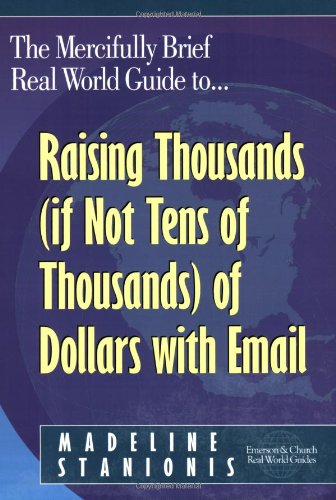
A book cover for The Mercifully Brief, Real World Guide to Raising Thousands (If Not Tens of Thousands) of Dollars With Email; Madeline Stanionis; Computers & Technology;